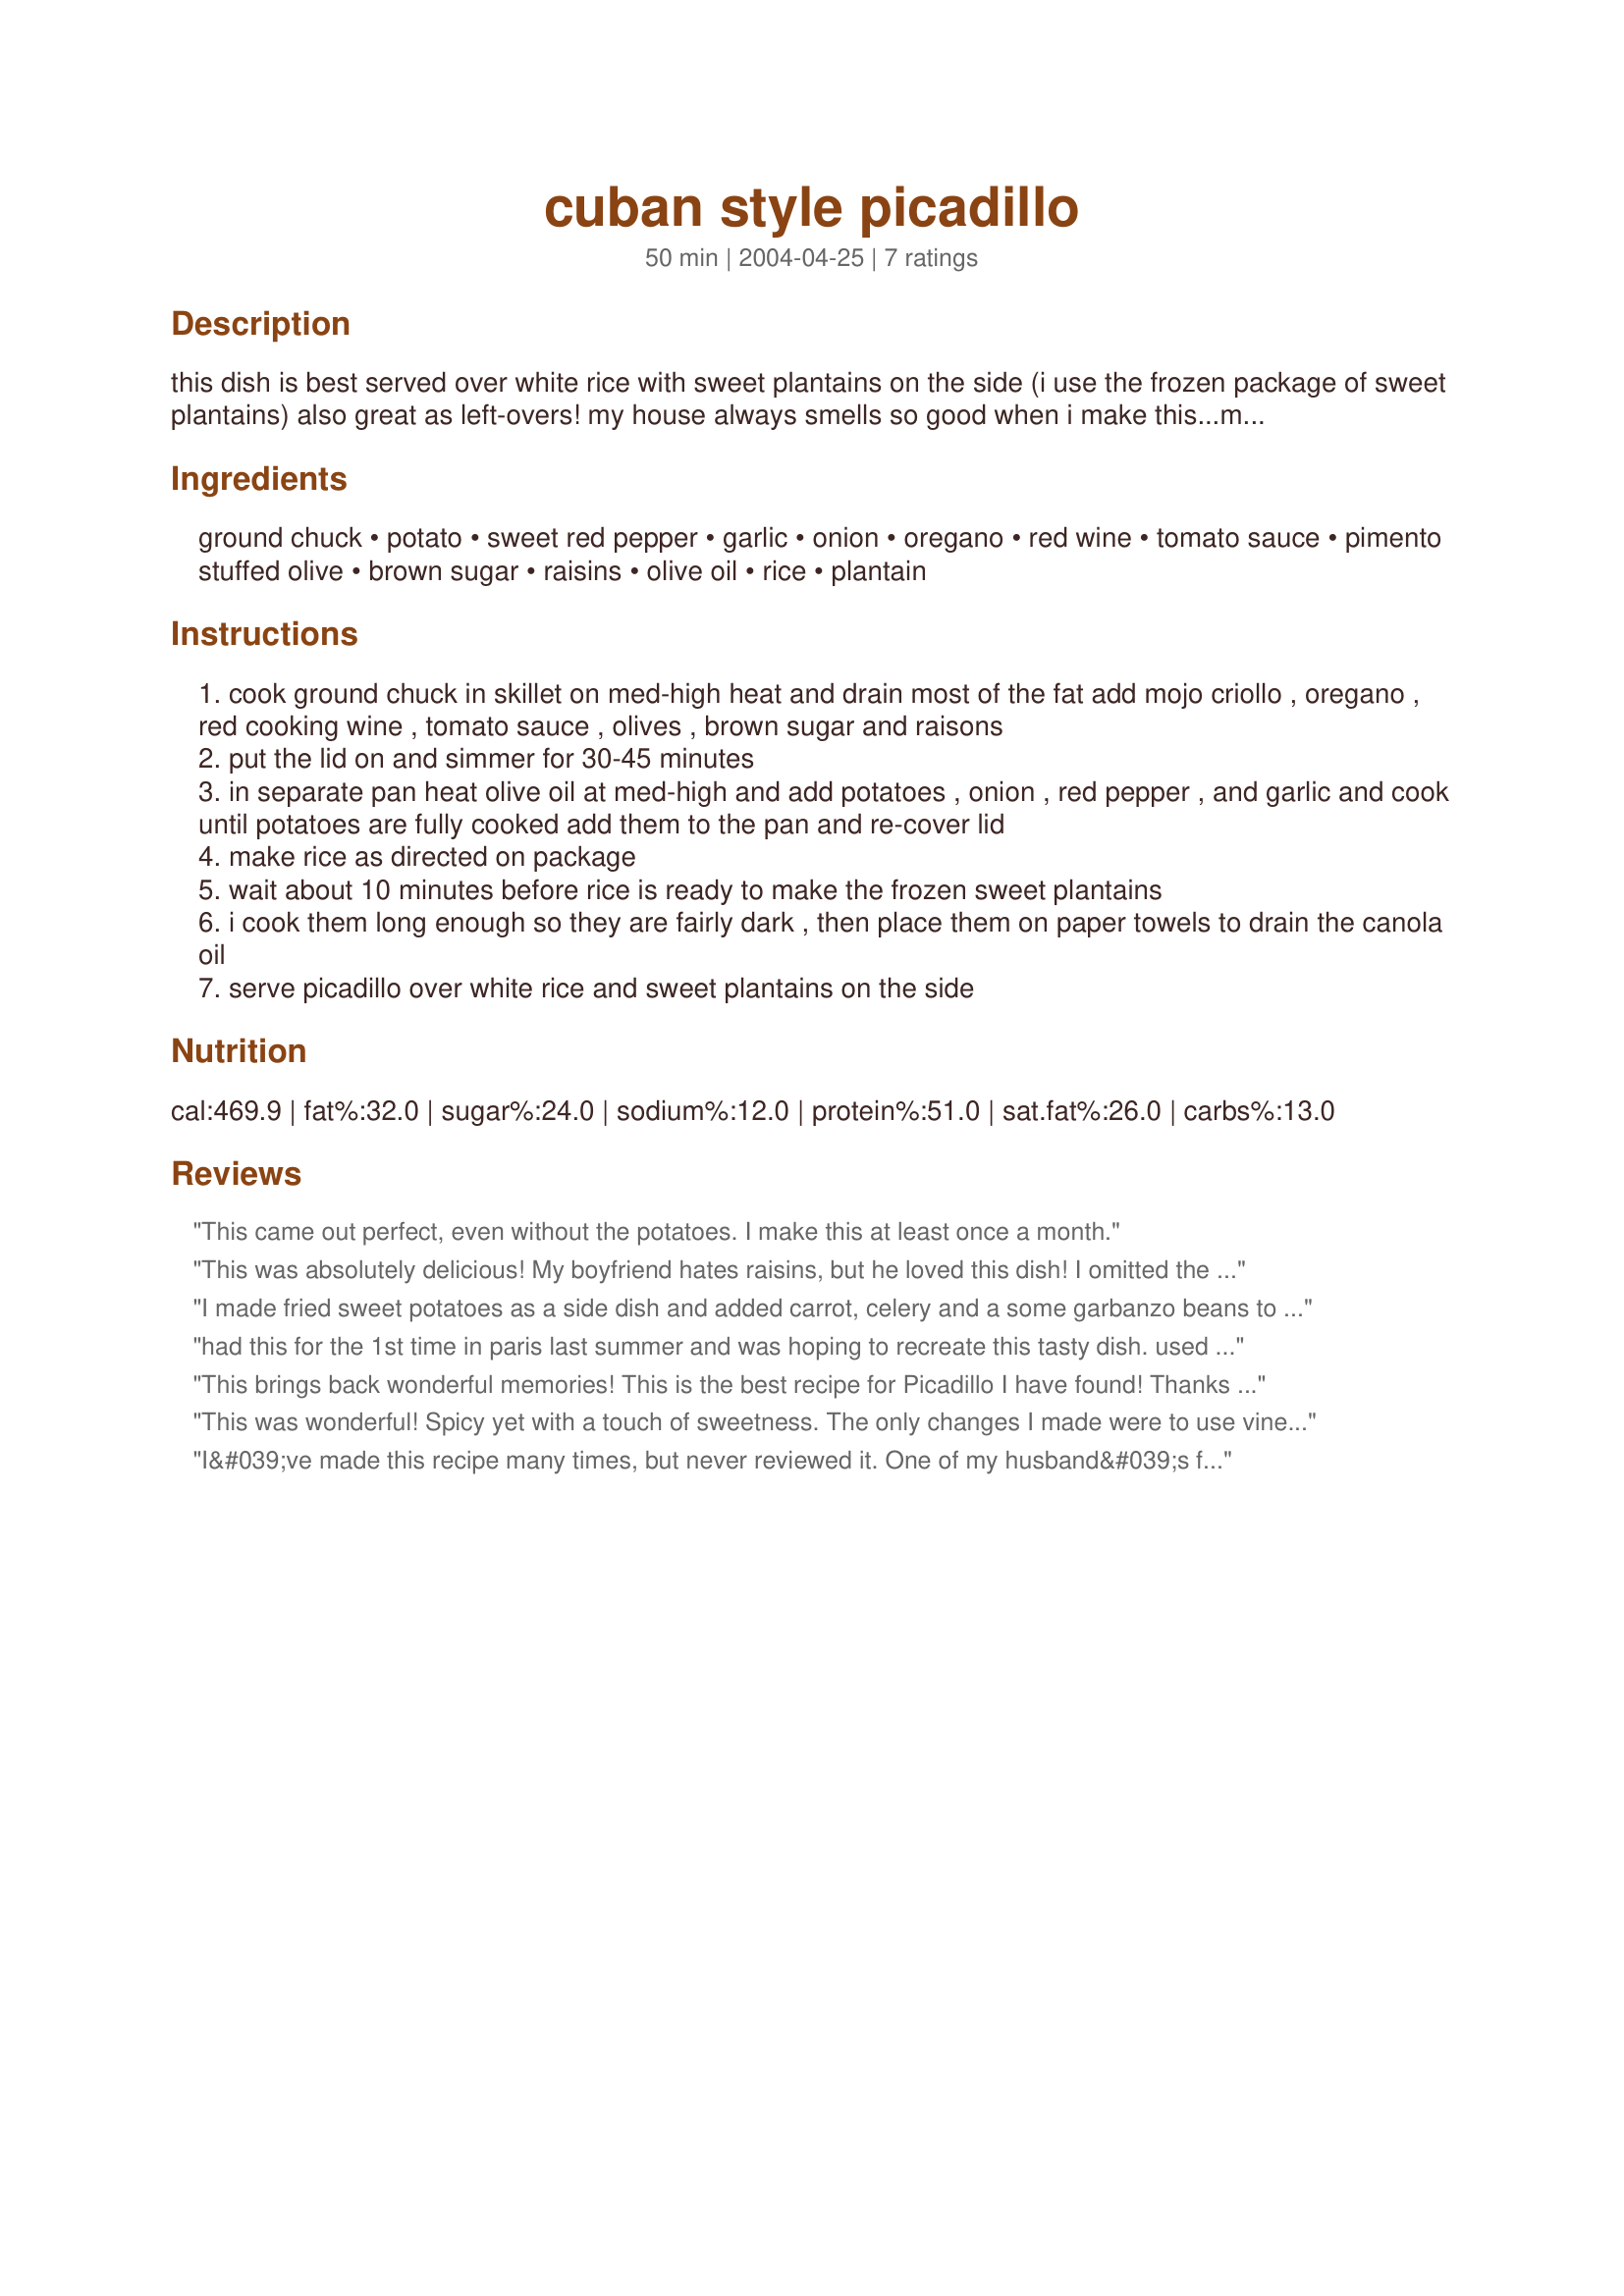
cuban style picadillo
Preparation time: 50 minutes

this dish is best served over white rice with sweet plantains on the side (i use the frozen package of sweet plantains) also great as left-overs! my house always smells so good when i make this...makes mouths water as you inhale it! note: when i make this i pour about 5 tablespoons of kirby mojo criollo in the hamburger meat, it just adds a tiny bit more flavor

Ingredients:
ground chuck, potato, sweet red pepper, garlic, onion, oregano, red wine, tomato sauce, pimento stuffed olive, brown sugar, raisins, olive oil, rice, plantain

Steps:
cook ground chuck in skillet on med-high heat and drain most of the fat add mojo criollo , oregano , red cooking wine , tomato sauce , olives , brown sugar and raisons
put the lid on and simmer for 30-45 minutes
in separate pan heat olive oil at med-high and add potatoes , onion , red pepper , and garlic and cook until potatoes are fully cooked add them to the pan and re-cover lid
make rice as directed on package
wait about 10 minutes before rice is ready to make the frozen sweet plantains
i cook them long enough so they are fairly dark , then place them on paper towels to drain the canola oil
serve picadillo over white rice and sweet plantains on the side

Reviews:
This came out perfect, even without the potatoes. I make this at least once a month.
This was absolutely delicious! My boyfriend hates raisins, but he loved this dish! I omitted the olives, as we're not big olive fans. I served it with basmati rice. I didn't have any plantains, but I'll be sure to have them next time I make this. I love plantains! I also think I'll double the recipe next time, since we don't have much left over.
I made fried sweet potatoes as a side dish and added carrot, celery and a some garbanzo beans to this with a pinch of cinnamon and a couple cloves. Was really a great hit !!!
had this for the 1st time in paris last summer and was hoping to recreate this tasty dish. used ground turkey to make it slightly healthier. couldn't find plantains in our grocery store. would use the recommended mojo criollo next time -- if i can find it. hubby ate all the leftovers. a++++
This brings back wonderful memories! This is the best recipe for Picadillo I have found!
Thanks for sharing it!
This was wonderful! Spicy yet with a touch of sweetness. The only changes I made were to use vinegar in place of the red wine, & i soaked the raisins in it to soften them, & since I didn't have any regular tomato sauce, I used a can that was pre-seasoned to be used with tacos. Also, I added about a half-teaspoon each of cinnamon & cumin, but i'm sure even w/ NO changes, this would have been awesome! I served it w/ a choice of tortillas or rice.
I&#039;ve made this recipe many times, but never reviewed it. One of my husband&#039;s favorites and yes, it is good over rice, but he loves to eat it on bread; like an open faced sandwich. I usually serve half and freeze the other half for another meal....love that!!
